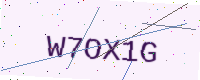
Text: W7OX1G